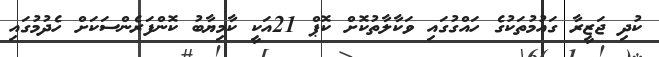
ކުދި ޖަޒީރާ ގައުމުތަކުގެ ހައްގުގައި ވަކާލާތުކޮށް ކޮޕް 21އަކީ ކާމިޔާބު ކޮންފަރެންސަކަށް ހެދުމުގައި